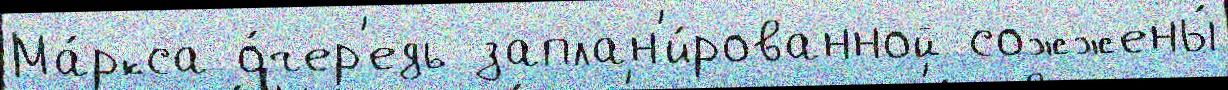
Ма́ркса о́чер'едь заплан'и́рованной сожжены́